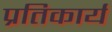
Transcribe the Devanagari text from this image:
प्रतिकार्य